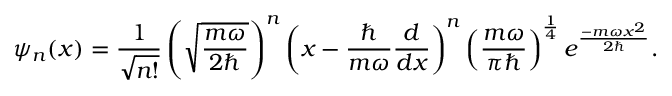
\psi _ { n } ( x ) = { \frac { 1 } { \sqrt { n ! } } } \left( { \sqrt { \frac { m \omega } { 2 \hbar } } } \right) ^ { n } \left( x - { \frac { \hbar } { m \omega } } { \frac { d } { d x } } \right) ^ { n } \left( { \frac { m \omega } { \pi \hbar } } \right) ^ { \frac { 1 } { 4 } } e ^ { \frac { - m \omega x ^ { 2 } } { 2 \hbar } } .